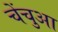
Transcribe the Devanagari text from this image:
चेंचुआ